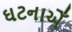
ઘટનાએઁ